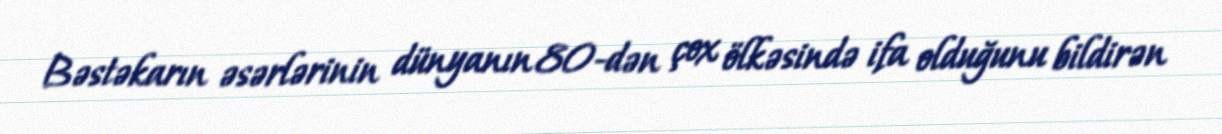
Bəstəkarın əsərlərinin dünyanın 80-dən çox ölkəsində ifa olduğunu bildirən